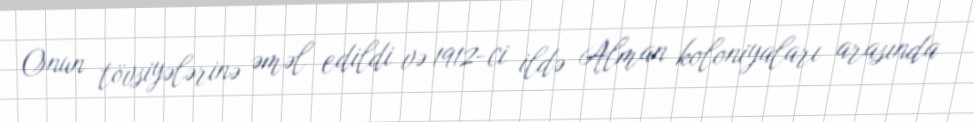
Onun tövsiyələrinə əməl edildi və 1912-ci ildə Alman koloniyaları arasında